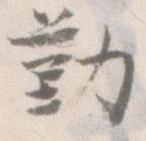
勤